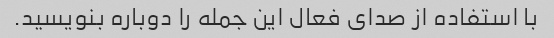
با استفاده از صدای فعال این جمله را دوباره بنویسید.